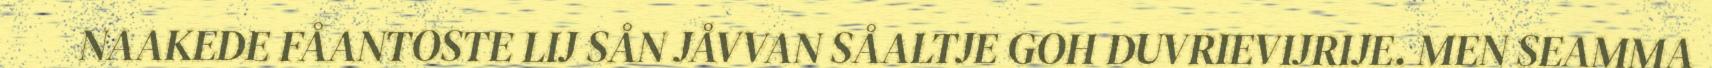
NAAKEDE FÅANTOSTE LIJ SÅN JÅVVAN SÅALTJE GOH DUVRIEVIJRIJE. MEN SEAMMA